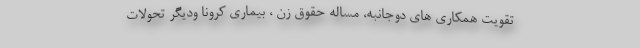
تقویت همکاری های دوجانبه، مساله حقوق زن ، بیماری کرونا ودیگر تحولات